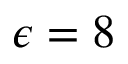
\epsilon = 8